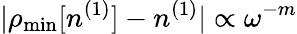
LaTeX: \vert\rho_{\mathrm{min}}[n^{(1)}]-n^{(1)}\vert\propto\omega^{-m}